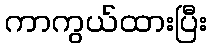
ကာကွယ်ထားပြီး